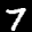
Label: 7